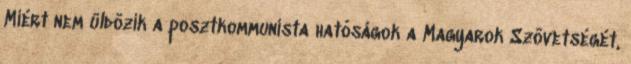
Miért nem üldözik a posztkommunista ható­sá­gok a Magyarok Szövetségét,